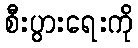
စီးပွားရေးကို